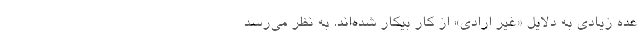
عده زیادی به دلایل «غیر ارادی» از کار بیکار شده‌اند. به نظر می‌رسد